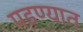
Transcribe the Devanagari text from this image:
पडण्यात